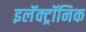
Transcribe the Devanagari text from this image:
इलॅक्ट्रॉनिक